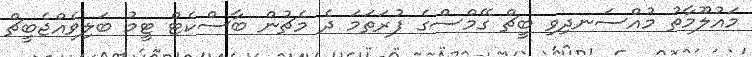
މައުލޫމާތު މުއްސަނދިވި ބީޗް ގޭމްސްގެ ފުރަތަމަ ދެ މެޗުން ބާސްކެޓް ޓީމު ބަލިވެއްޖެބީޗް